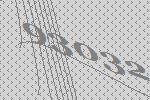
93032